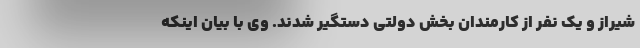
شیراز و یک نفر از کارمندان بخش دولتی دستگیر شدند. وی با بیان اینکه